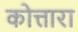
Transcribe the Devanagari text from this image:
कोत्तारा